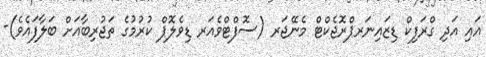
އައި އަދި ގްރަފިކް ޑިޒައިނަރޕްރޮޖެކްޓް މެނޭޖަރ (ސޮފްޓްވެއަރ ޑިވެލޮޕް ކުރުމުގެ ތަޖުރިބާއަށް ބަލާފައެވެ)-